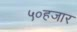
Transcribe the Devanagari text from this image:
५०हजार